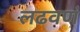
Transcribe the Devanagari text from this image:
लढवणं